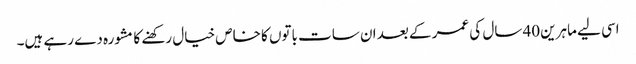
اسی لیے ماہرین 40 سال کی عمر کے بعد ان سات باتوں کا خاص خیال رکھنے کا مشورہ دے رہے ہیں۔